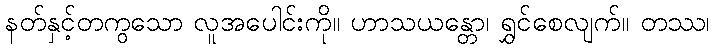
နတ်နှင့်တကွသော လူအပေါင်းကို။ ဟာသယန္တော၊ ရွှင်စေလျက်။ တဿ၊